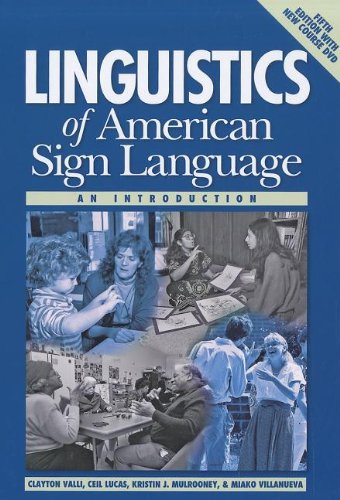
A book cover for Linguistics of American Sign Language, 5th Ed.: An Introduction; Clayton Valli; Politics & Social Sciences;